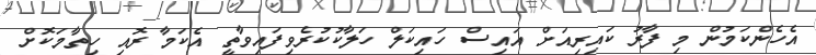
އެހެންކަމުން މި ފާރު ކައިރިއަށް އައިސް ހައިކަލް ހަލާކުކުރެވިފައިވާތީ އެކަމާ ރޮއި ހިތާމަކޮށް